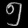
Digit: ၅